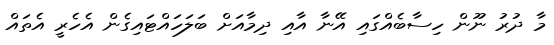
މާ ދުރު ނޫން ހިސާބެއްގައި އޭނާ އާއި ދިމާއަށް ބަލަހައްޓައިގެން އެހެރީ އެތައް